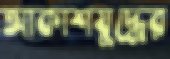
আকাশযুদ্ধের